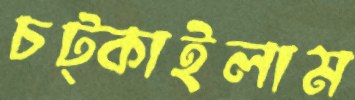
চট্‌কাইলাম